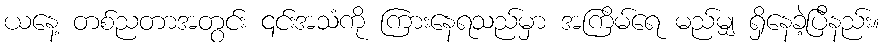
ယနေ့ တစ်ညတာအတွင်း ၎င်းအသံကို ကြားနေရသည်မှာ အကြိမ်ရေ မည်မျှ ရှိနေခဲ့ပြီနည်း။